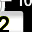
Digit: 2